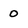
Character: 0